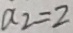
a _ { 2 } = 2